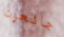
جائعون